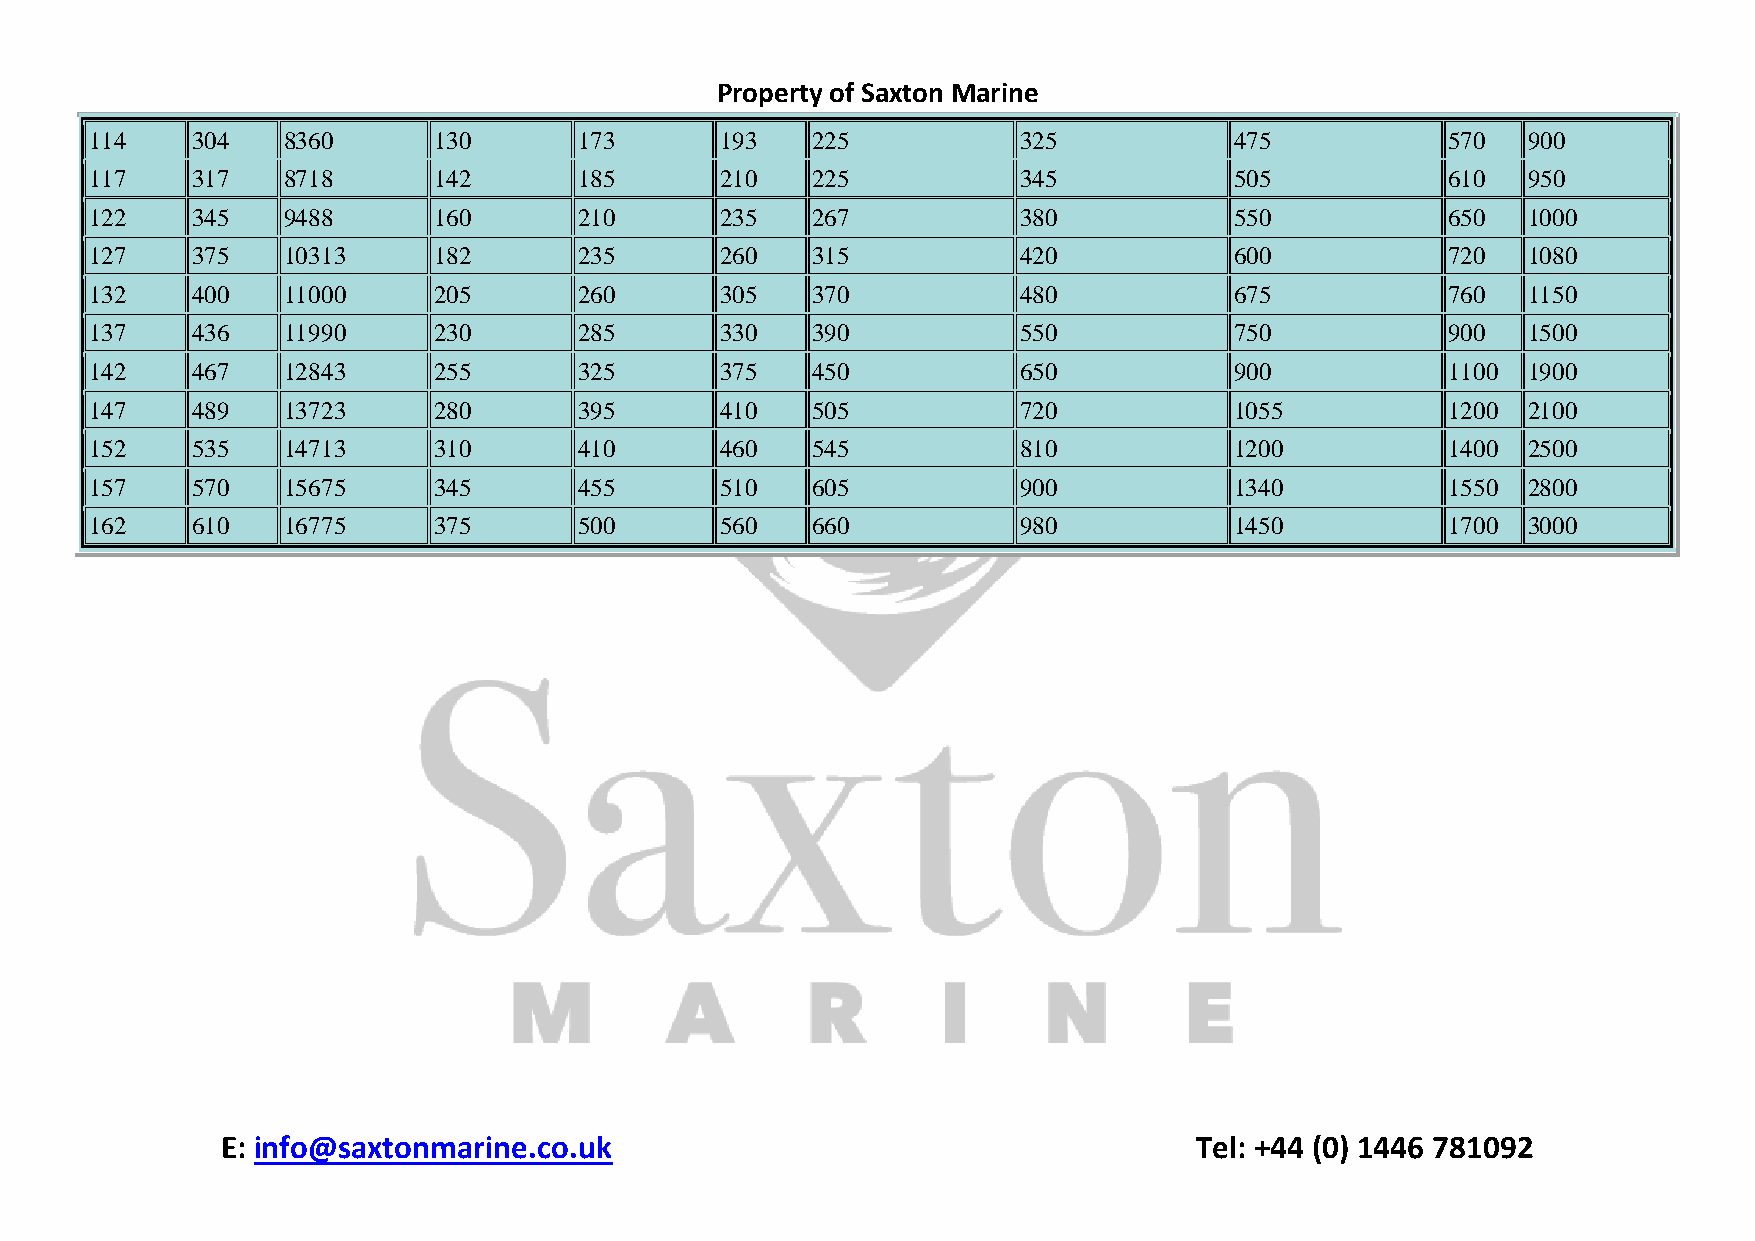
Property of Saxton Marine
 114    304   8360      130      173       193   225          325            475           570  900
 117    317   8718      142      185       210   225          345            505           610  950
 122    345   9488      160      210       235   267          380            550           650  1000
 127    375   10313     182      235       260   315          420            600           720  1080
 132    400   11000     205      260       305   370          480            675           760  1150
 137    436   11990     230      285       330   390          550            750           900  1500
 142    467   12843     255      325       375   450          650            900           1100 1900
 147    489   13723     280      395       410   505          720            1055          1200 2100
 152    535   14713     310      410       460   545          810            1200          1400 2500
 157    570   15675     345      455       510   605          900            1340          1550 2800
 162    610   16775     375      500       560   660          980            1450          1700 3000
 E: info@saxtonmarine.co.uk                                      Tel: +44 (0) 1446 781092